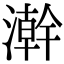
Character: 澣